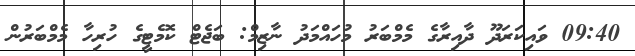
09:40 ވައިކަރަދޫ ދާއިރާގެ މެމްބަރު މުހައްމަދު ނާޒިމް: ބަޖެޓް ކޮމެޓީގެ ހުރިހާ މެމްބަރުން